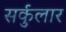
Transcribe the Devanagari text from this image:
सर्कुलार